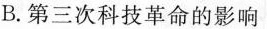
B.第三次科技革命的影响